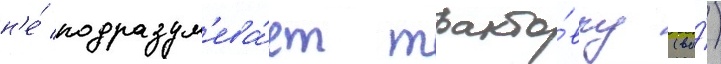
н'е́ подразум'ева́ет тракто́вку (ва́)